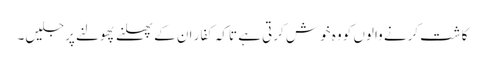
کاشت کرنے والوں کو وہ خوش کرتی ہے تاکہ کفار ان کے پھلنے پھولنے پر جلیں۔